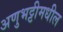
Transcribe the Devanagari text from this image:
अणुभट्टीमधील